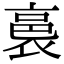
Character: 裛